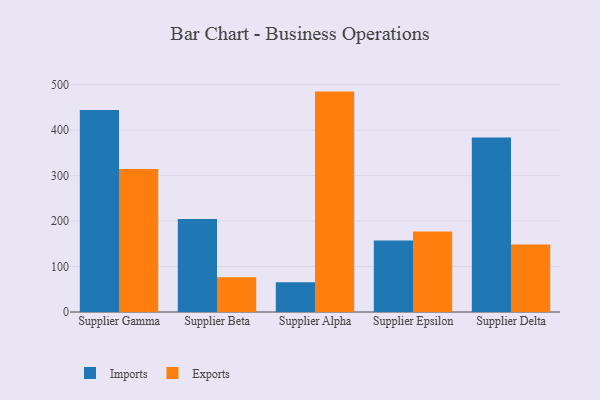
{"axis": {"x": "Supplier", "y": "Customer Acquisition Cost (USD)"}, "legend": ["Exports", "Imports"], "data": [{"x": "Supplier Gamma", "y": 444.1, "type": "Imports"}, {"x": "Supplier Gamma", "y": 314.6, "type": "Exports"}, {"x": "Supplier Beta", "y": 204.3, "type": "Imports"}, {"x": "Supplier Beta", "y": 76.2, "type": "Exports"}, {"x": "Supplier Alpha", "y": 65.2, "type": "Imports"}, {"x": "Supplier Alpha", "y": 484.8, "type": "Exports"}, {"x": "Supplier Epsilon", "y": 157.2, "type": "Imports"}, {"x": "Supplier Epsilon", "y": 177.0, "type": "Exports"}, {"x": "Supplier Delta", "y": 383.7, "type": "Imports"}, {"x": "Supplier Delta", "y": 148.5, "type": "Exports"}]}